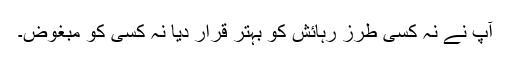
آپؐ نے نہ کسی طرزِ رہائش کو بہتر قرار دیا نہ کسی کو مبغوض۔